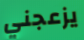
يزعجني